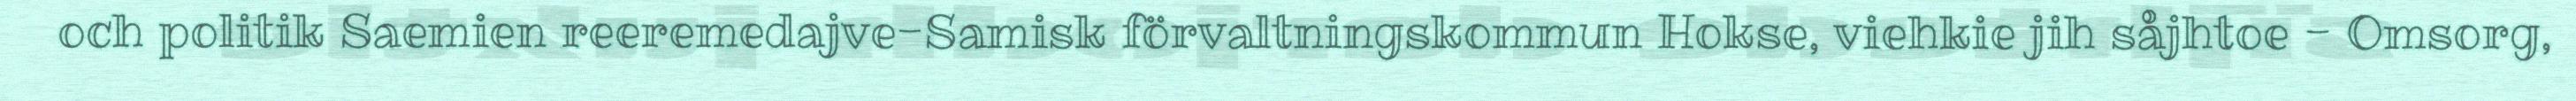
och politik Saemien reeremedajve-Samisk förvaltningskommun Hokse, viehkie jih såjhtoe - Omsorg,